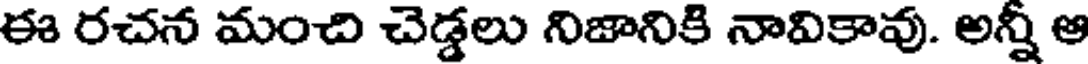
ఈ రచన మంచి చెడ్డలు నిజానికి నావికావు. అన్నీ ఆ